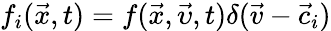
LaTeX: f_{i}(\vec{x},t)=f(\vec{x},\vec{\upsilon},t)\delta(\vec{v}-\vec{c}_{i})